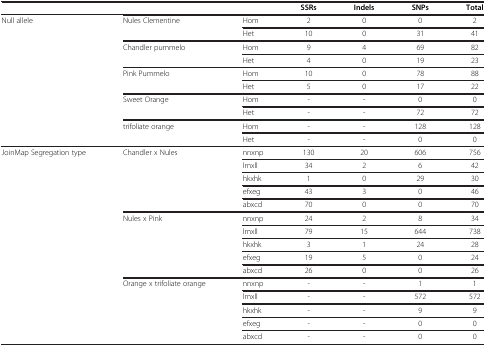
|  |  |  | SSRs | Indels | SNPs | Total |
 | --- | --- | --- | --- | --- | --- | --- |
 | Null allele | Nules Clementine | Hom | 2 | 0 | 0 | 2 |
 |  |  | Het | 10 | 0 | 31 | 41 |
 |  | Chandler pummelo | Hom | 9 | 4 | 69 | 82 |
 |  |  | Het | 4 | 0 | 19 | 23 |
 |  | Pink Pummelo | Hom | 10 | 0 | 78 | 88 |
 |  |  | Het | 5 | 0 | 17 | 22 |
 |  | Sweet Orange | Hom | - | - | 0 | 0 |
 |  |  | Het | - | - | 72 | 72 |
 |  | trifoliate orange | Hom | - | - | 128 | 128 |
 |  |  | Het | - | - | 0 | 0 |
 | JoinMap Segregation type | Chandler x Nules | nnxnp | 130 | 20 | 606 | 756 |
 |  |  | lmxll | 34 | 2 | 6 | 42 |
 |  |  | hkxhk | 1 | 0 | 29 | 30 |
 |  |  | efxeg | 43 | 3 | 0 | 46 |
 |  |  | abxcd | 70 | 0 | 0 | 70 |
 |  | Nules x Pink | nnxnp | 24 | 2 | 8 | 34 |
 |  |  | lmxll | 79 | 15 | 644 | 738 |
 |  |  | hkxhk | 3 | 1 | 24 | 28 |
 |  |  | efxeg | 19 | 5 | 0 | 24 |
 |  |  | abxcd | 26 | 0 | 0 | 26 |
 |  | Orange x trifoliate orange | nnxnp | - | - | 1 | 1 |
 |  |  | lmxll | - | - | 572 | 572 |
 |  |  | hkxhk | - | - | 9 | 9 |
 |  |  | efxeg | - | - | 0 | 0 |
 |  |  | abxcd | - | - | 0 | 0 |